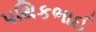
પથિકભાઈ